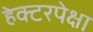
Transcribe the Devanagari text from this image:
हेक्टरपेक्षा